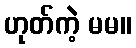
ဟုတ်ကဲ့ မမ။